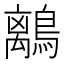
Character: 𪅆